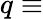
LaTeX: q\equiv